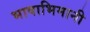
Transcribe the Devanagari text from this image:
भाषाभिमानी